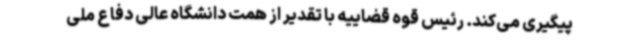
پیگیری می‌کند. رئیس قوه قضاییه با تقدیر از همت دانشگاه عالی دفاع ملی